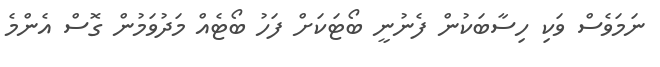
ނަމަވެސް ވަކި ހިސާބަކުން ފެނުނީ ބޯޓަކަށް ފަހު ބޯޓެއް މަދުވަމުން ގޮސް އެންމެ